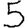
Digit: 5